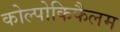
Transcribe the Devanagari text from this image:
कोल्पोकिफैलम